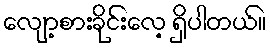
လျော့စားခိုင်းလေ့ ရှိပါတယ်။